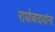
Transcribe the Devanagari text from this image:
राघोबादादांना